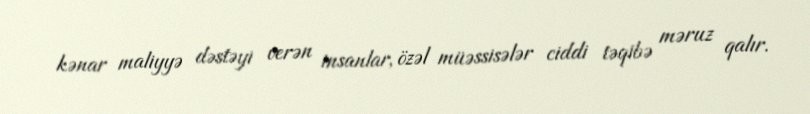
kənar maliyyə dəstəyi verən insanlar, özəl müəssisələr ciddi təqibə məruz qalır.